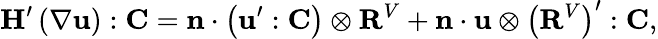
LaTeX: \mathbf{H}^{\prime}\left(\nabla\mathbf{u}\right):\mathbf{C}=\mathbf{n}\cdot\left(\mathbf{u}^{\prime}:\mathbf{C}\right)\otimes\mathbf{R}^{V}+\mathbf{n}\cdot\mathbf{u}\otimes\left(\mathbf{R}^{V}\right)^{\prime}:\mathbf{C},